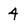
Character: 4